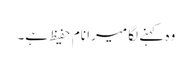
وہ کہنے لگا میرا نام حفیظ ہے۔